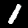
Label: 1